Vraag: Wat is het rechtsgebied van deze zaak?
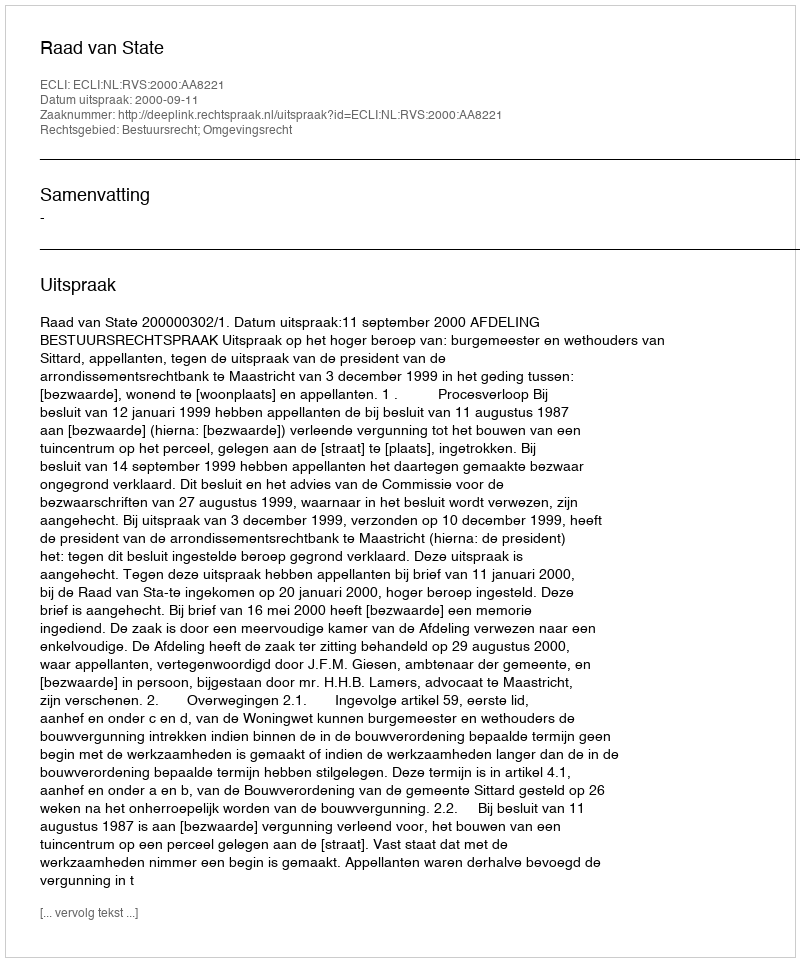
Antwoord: Bestuursrecht; Omgevingsrecht